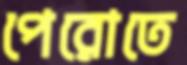
পেরোতে